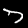
Digit: 7